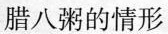
腊八粥的情形